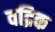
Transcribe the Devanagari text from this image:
वद्रिक